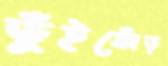
ভুঁইফোঁড়